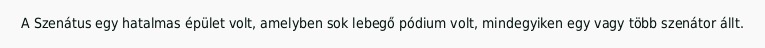
A Szenátus egy hatalmas épület volt, amelyben sok lebegő pódium volt, mindegyiken egy vagy több szenátor állt.